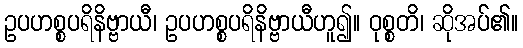
ဥပဟစ္စပရိနိဗ္ဗာယီ၊ ဥပဟစ္စပရိနိဗ္ဗာယီဟူ၍။ ဝုစ္စတိ၊ ဆိုအပ်၏။